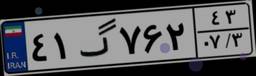
۴۱گ۷۶۲۴۳